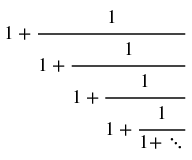
1 + { \cfrac { 1 } { 1 + { \cfrac { 1 } { 1 + { \cfrac { 1 } { 1 + { \cfrac { 1 } { 1 + \ddots } } } } } } } }